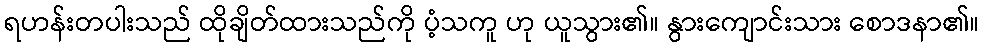
ရဟန်းတပါးသည် ထိုချိတ်ထားသည်ကို ပံ့သကူ ဟု ယူသွား၏။ နွားကျောင်းသား စောဒနာ၏။